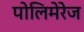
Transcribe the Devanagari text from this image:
पोलिमेरेज